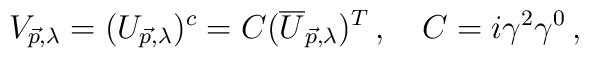
V_{\vec{p},\lambda}=(U_{\vec{p},\lambda})^{c}=C(\overline{U}_{\vec{p},\lambda})^T \,, \quad C=i\gamma^2\gamma^0\,,